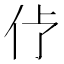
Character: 𱎢